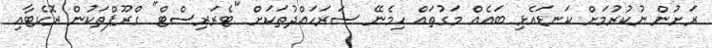
ރަށުން ނުކުރުމަށް ކަނޑައެޅި ބައެއް މަގުތައް ހިމެނޭ ސަރަހައްދުތަކަށް "ޓެރަރިސްޓް" ގްރޫޕްތަކުން ރޮކެޓާއި